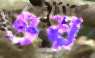
ওয়